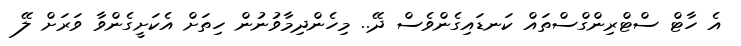
އެ ހާޓް ސްޓްރިންގްސްތައް ކަނޑައިގެންވެސް ދޭ.. މިހެންދިމާވުނުން ހިތަށް އެކަށީގެންވާ ވަރަށް ލޭ